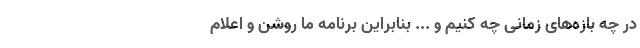
در چه بازه‌های زمانی چه کنیم و ... بنابراین برنامه ما روشن و اعلام